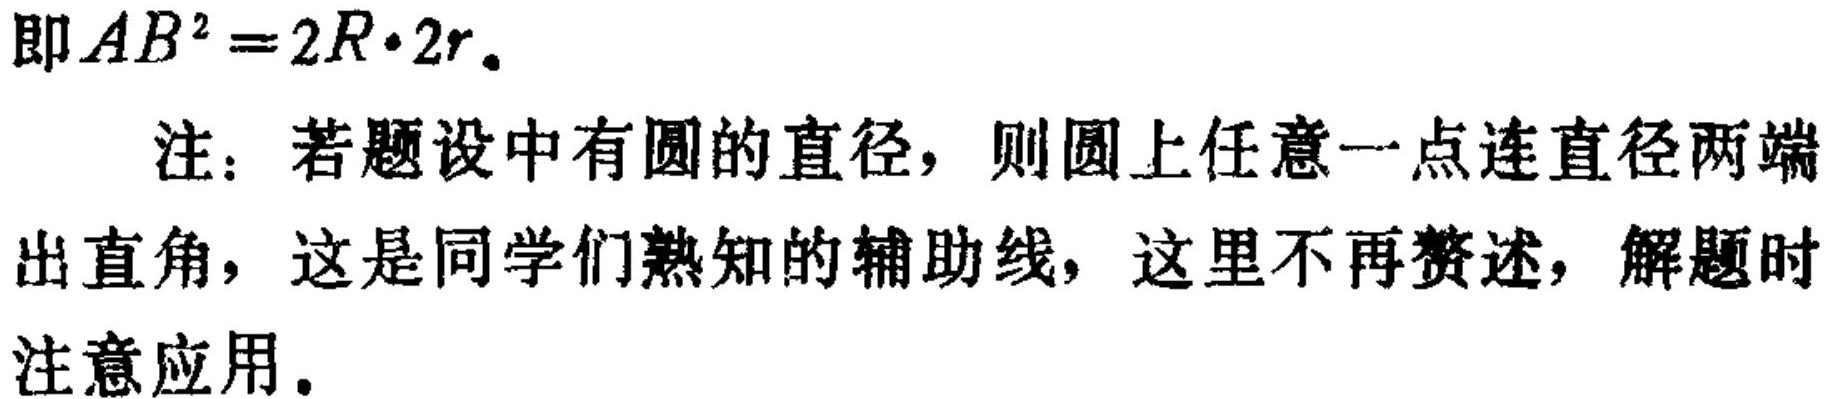
即$AB^{2}=2R\cdot 2r。$
注：若题设中有圆的直径，则圆上任意一点连直径两端出直角，这是同学们熟知的辅助线，这里不再赘述，解题时注意应用。